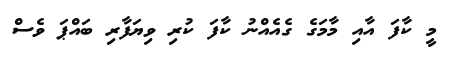
މީ ކާފަ އާއި މާމަގެ ގެއެއްނު ކާފަ ކުރި ވިޔަފާރި ބައްޕަ ވެސް